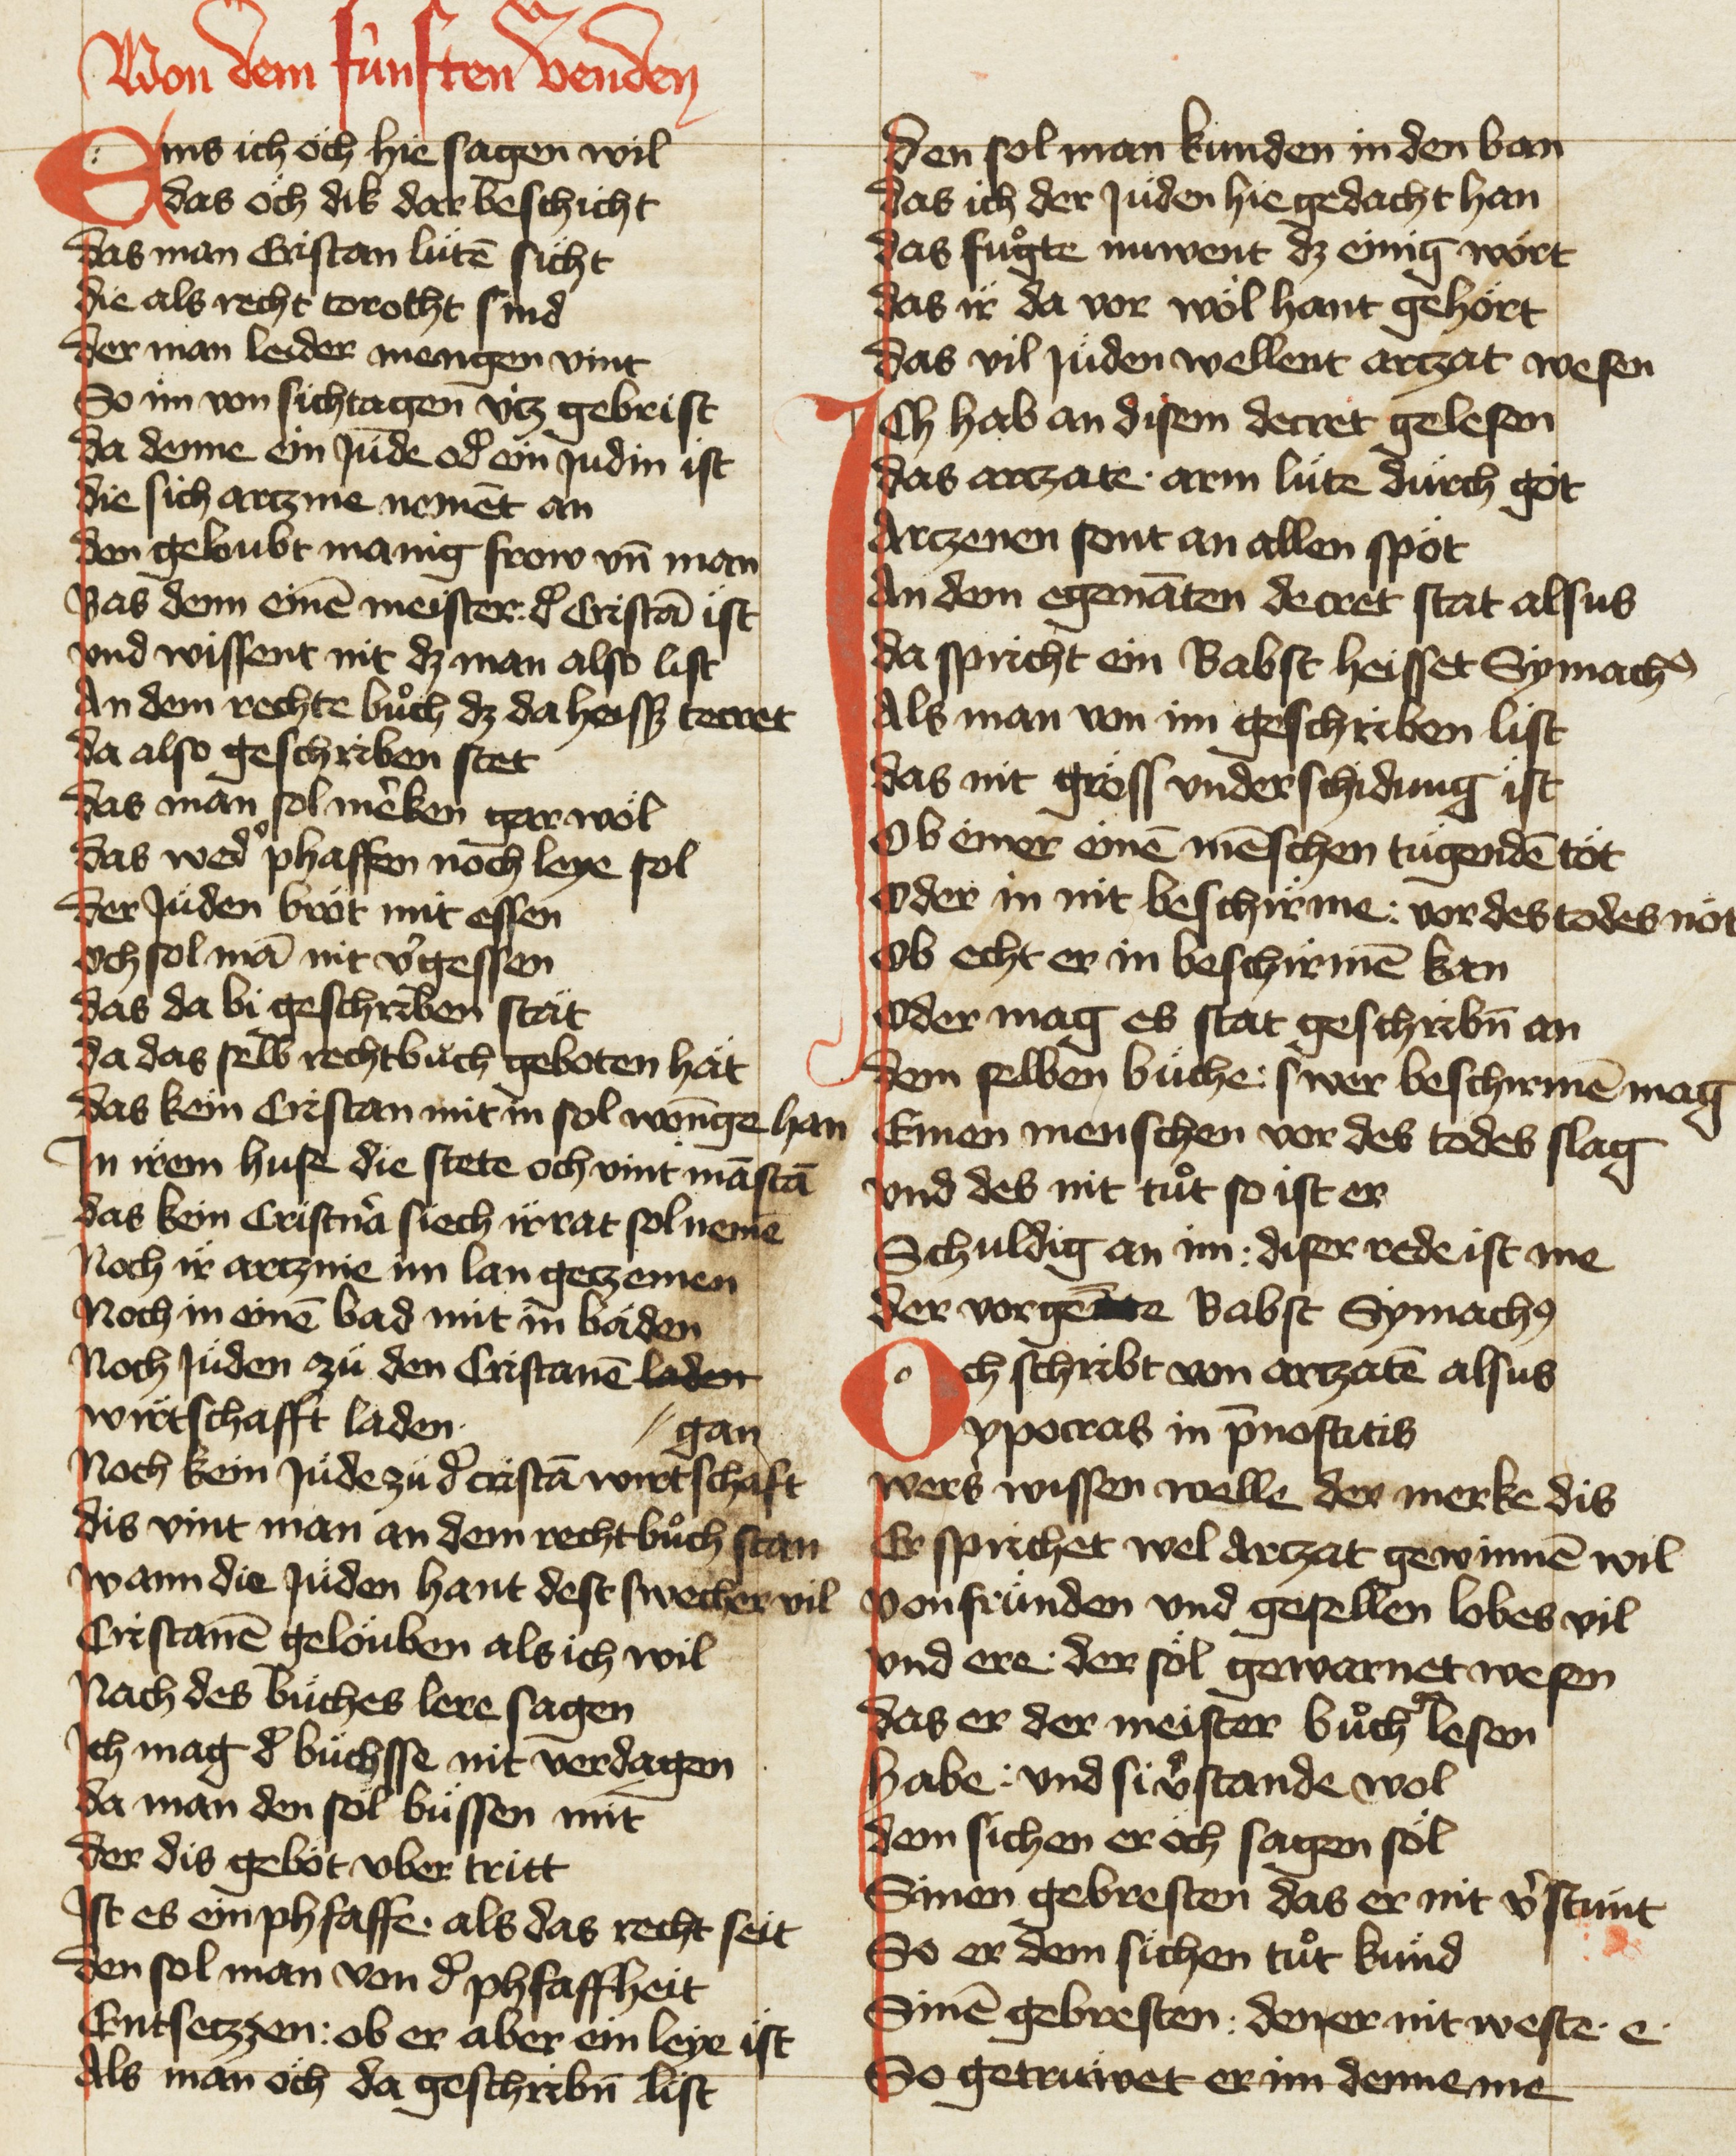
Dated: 1420–1429